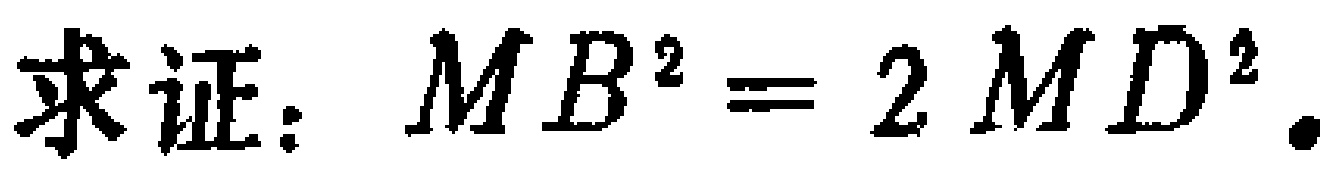
求证：\(MB^{2}=2MD^{2}\)